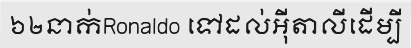
៦២នាក់Ronaldo ទៅដល់អ៊ីតាលីដើម្បី